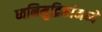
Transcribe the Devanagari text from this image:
ध्वनिमुद्रिकांमध्ये